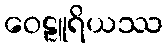
ဝေဠူရိယဿ